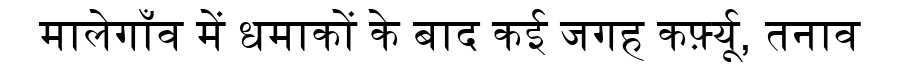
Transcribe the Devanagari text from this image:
मालेगाँव में धमाकों के बाद कई जगह कर्फ़्यू, तनाव